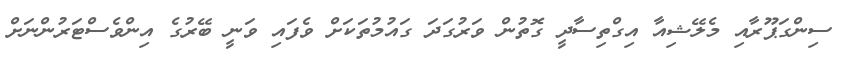
ސިންގަޕޫރާއި މެލޭޝިއާ އިގްތިސާދީ ގޮތުން ވަރުގަދަ ގައުމުތަކަށް ވެފައި ވަނީ ބޭރުގެ އިންވެސްޓަރުންނަށް